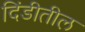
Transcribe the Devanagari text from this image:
दिंडीतील